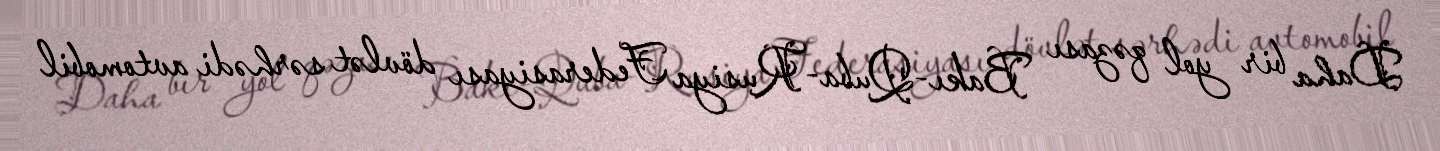
Daha bir yol qəzası Bakı-Quba-Rusiya Federasiyası dövlət sərhədi avtomobil